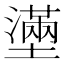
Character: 𡒗